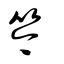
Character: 笒